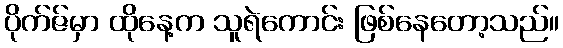
ပိုက်ဇ်မှာ ထိုနေ့က သူရဲကောင်း ဖြစ်နေတော့သည်။